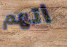
اتهم